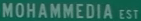
MOHAMMEDIA EST